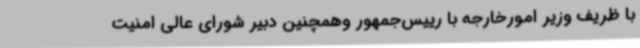
با ظریف وزیر امورخارجه با رییس‌جمهور وهمچنین دبیر شورای عالی امنیت